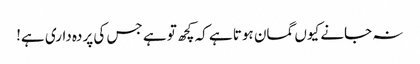
نہ جانے کیوں گمان ہوتا ہے کہ کچھ تو ہے جس کی پردہ داری ہے!